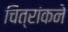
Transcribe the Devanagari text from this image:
चित्रांकने